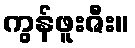
ကွန်ဖူးဇီး။